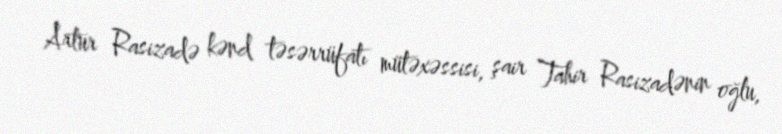
Artur Rasizadə kənd təsərrüfatı mütəxəssisi, şair Tahir Rasizadənin oğlu,